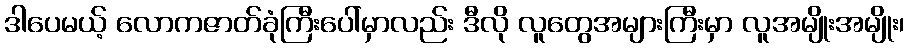
ဒါပေမယ့် လောကဇာတ်ခုံကြီးပေါ်မှာလည်း ဒီလို လူတွေအများကြီးမှာ လူအမျိုးအမျိုး၊